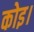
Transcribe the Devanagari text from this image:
कोइ।